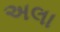
અલા